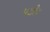
પછીય